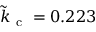
\tilde { k } _ { \mathrm { ~ c ~ } } = 0 . 2 2 3